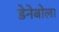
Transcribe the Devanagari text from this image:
डेनेबोला